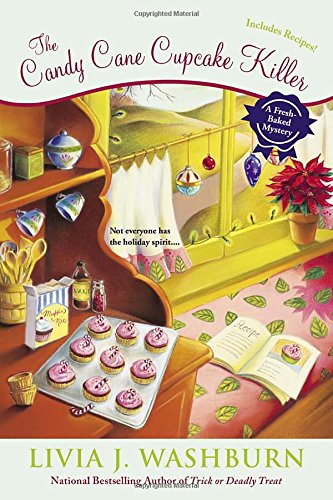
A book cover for The Candy Cane Cupcake Killer: A Fresh-Baked Mystery; Livia J. Washburn; Mystery, Thriller & Suspense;